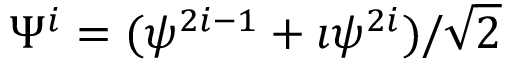
\Psi ^ { i } = ( \psi ^ { 2 i - 1 } + \imath \psi ^ { 2 i } ) / \sqrt 2